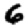
Digit: 6